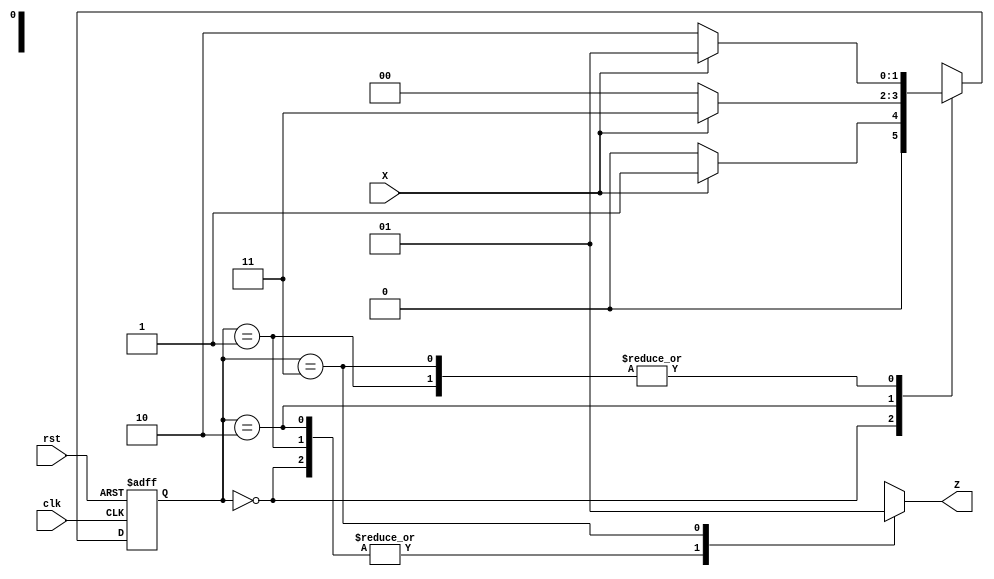
module SeqDetector (clk,rst,X,Z);
 input X, clk, rst;
 output Z;
 reg[1:0] state, next_state;
 reg Z;
parameter [1:0] S0=2'b00, S1=2'b01, S2=2'b10, S3=2'b11; 
/*
     S0-> Reset state
     S1-> Received 1
     S2-> Recieved 10
     S3-> Received 101
     */

always @(posedge clk , negedge rst)
   if(!rst) state<=S0;
  else state<=next_state;
always @(*)
      begin
        case(state)
                S0:if(X) next_state=S1;
                   else  next_state=S0;
                   S1:if(X) next_state=S1;
                   else  next_state=S2;
                S2:if(X) next_state=S3;
                   else  next_state=S0;
                S3: if(X) next_state=S1;
                    else  next_state=S2;
        endcase 
      end

always @(state)
  begin
       Z = 0;
       case(state)
                S0:Z=0;
                S1:Z=0;
                S2:Z=0;
                S3:Z=1;
      endcase
  end
endmodule